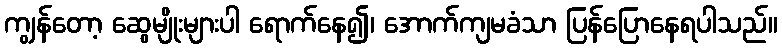
ကျွန်တော့ ဆွေမျိုးများပါ ရောက်နေ၍၊ အောက်ကျမခံသာ ပြန်ပြောနေရပါသည်။